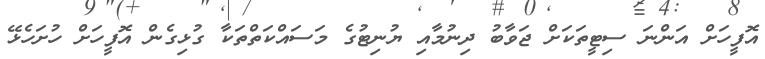
އޮފީހަށް އަންނަ ސިޓީތަކަށް ޖަވާބު ދިނުމާއި ޔުނިޓުގެ މަސައްކަތްތަކާ ގުޅިގެން އޮފީހަށް ހުށަހެޅޭ